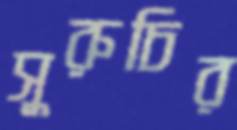
সুরুচির